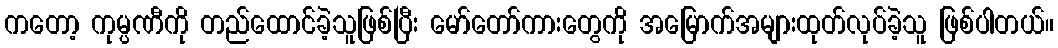
ကတော့ ကုမ္ပဏီကို တည်ထောင်ခဲ့သူဖြစ်ပြီး မော်တော်ကားတွေကို အမြောက်အများထုတ်လုပ်ခဲ့သူ ဖြစ်ပါတယ်။